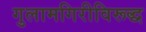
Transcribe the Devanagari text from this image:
गुलामगिरीविरूद्ध